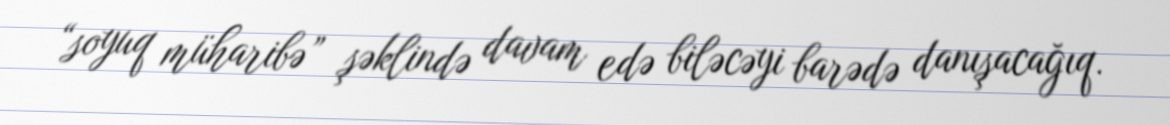
“soyuq müharibə” şəklində davam edə biləcəyi barədə danışacağıq.